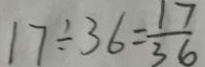
1 7 \div 3 6 = \frac { 1 7 } { 3 6 }